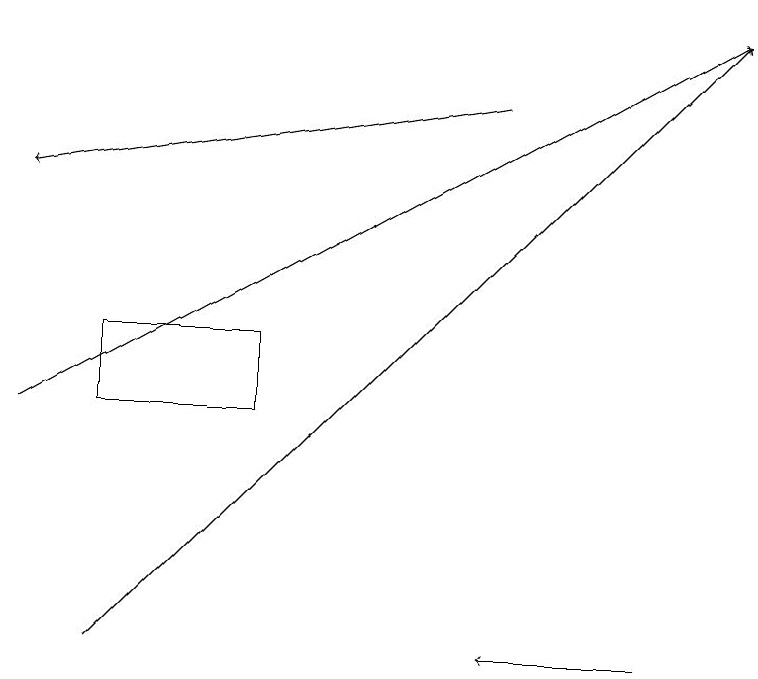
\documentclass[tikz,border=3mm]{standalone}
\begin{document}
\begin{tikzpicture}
\draw[->] (6,18) -- (0,17);
\draw (3,14) rectangle (1,15);
\draw[->] (0,14) -- (9,19);
\draw[->] (1,11) -- (9,19);
\draw[->] (8,11) -- (6,11);
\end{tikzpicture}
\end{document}